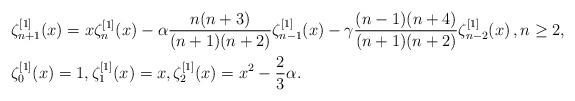
LaTeX: \begin{align*}&\zeta^{[1]}_{n+1}(x)=x \zeta^{[1]}_{n}(x)-\alpha \frac{n(n+3)}{(n+1)(n+2)} \zeta^{[1]}_{n-1}(x)-\gamma \frac{(n-1)(n+4)}{(n+1)(n+2)} \zeta^{[1]}_{n-2}(x)\, , n \geq 2,\\& \zeta^{[1]}_{0}(x)=1,\zeta^{[1]}_{1}(x)=x, \zeta^{[1]}_{2}(x)=x^{2}-\frac{2}{3}\alpha.\end{align*}